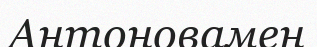
Антоновамен